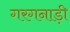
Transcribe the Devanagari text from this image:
गरगनाड़ी